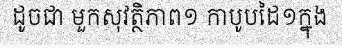
ដូចជា មួកសុវត្ថិភាព១ កាបូបដៃ១ក្នុង